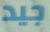
جيد